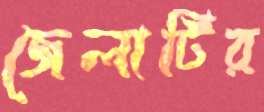
জেলাটির